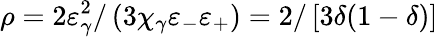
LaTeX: \rho=2\varepsilon_{\gamma}^{2}/\left(3\chi_{\gamma}\varepsilon_{-}\varepsilon_{+}\right)=2/\left[3\delta(1-\delta)\right]